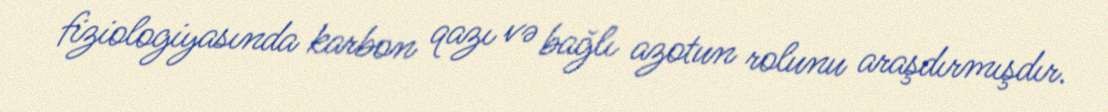
fiziologiyasında karbon qazı və bağlı azotun rolunu araşdırmışdır.